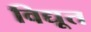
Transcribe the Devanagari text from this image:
विद्यूत